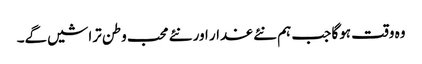
وہ وقت ہوگا جب ہم نئے غدار اور نئے محب وطن تراشیں گے۔